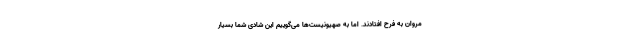
مروان به فرح افتادند. اما به صهیونیست‌ها می‌گوییم این شادی شما بسیار